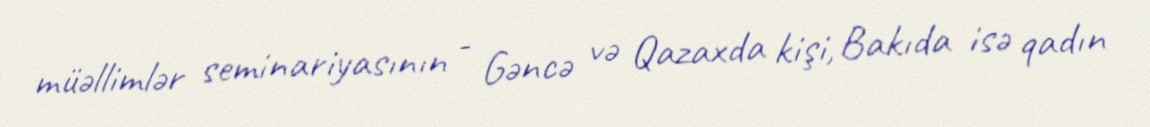
müəllimlər seminariyasının - Gəncə və Qazaxda kişi, Bakıda isə qadın